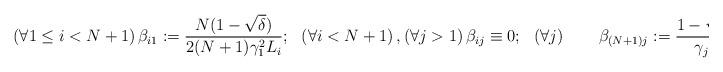
LaTeX: \begin{align*}\left(\forall 1\leq i < N+1\right) \beta_{i1} := \frac{N(1-\sqrt{\delta})}{2(N+1)\gamma_1^2 L_i}; &&\left(\forall i < N+1\right),\left(\forall j > 1\right) \beta_{ij} \equiv 0;&& \left(\forall j\right) \qquad\beta_{(N+1)j} := \frac{1-\sqrt{\delta}}{\gamma_j}.\end{align*}